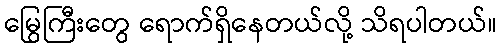
မြွေကြီးတွေ ရောက်ရှိနေတယ်လို့ သိရပါတယ်။